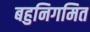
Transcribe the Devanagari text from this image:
बहुनिगमित